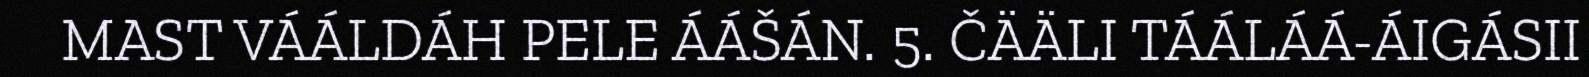
MAST VÁÁLDÁH PELE ÁÁŠÁN. 5. ČÄÄLI TÁÁLÁÁ-ÁIGÁSII